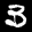
Label: 3